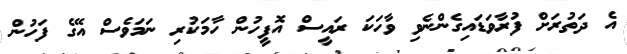
އެ ދަތުރަށް ފުރާވަޑައިގެންނެވި ވާހަކަ ރައީސް އޮފީހުން ހާމަކުރި ނަމަވެސް އޭގެ ފަހުން